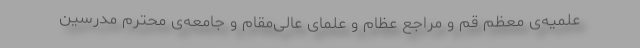
علمیه‌ی معظم قم و مراجع عظام و علمای عالی‌مقام و جامعه‌ی محترم مدرسین